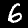
Digit: 6